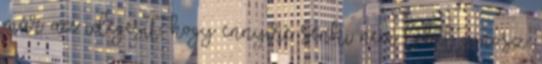
már az idegesít, hogy ennyire senki nem lehet gonosz.